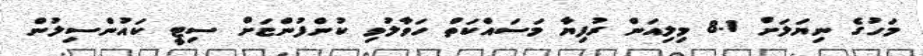
މަހުގެ ނިޔަލަށް 8.1 މިލިއަން ރުފިޔާ މަސައްކަތް ހަވާލުވި ކުންފުންޏަށް ސިޓީ ކައުންސިލުން